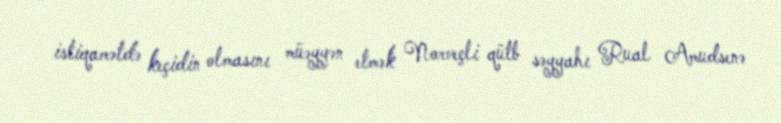
istiqamətdə keçidin olmasını müəyyən etmək Norveçli qütb səyyahı Rual Amudsenə